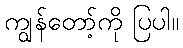
ကျွန်တော့်ကို ပြပါ။